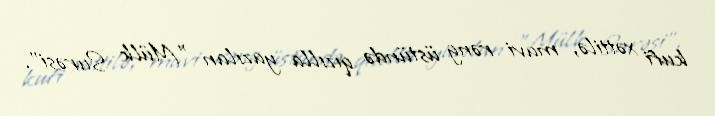
kufi xəttilə, mavi rəng üstündə qızılla yazılan "Mülk Surəsi".